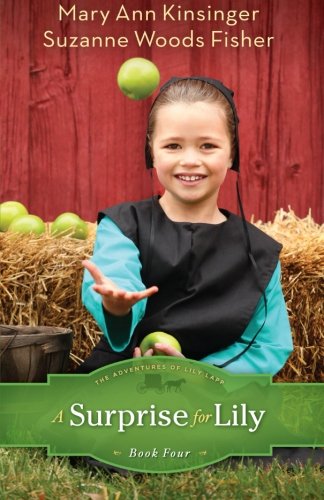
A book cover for A Surprise for Lily (The Adventures of Lily Lapp); Suzanne Woods Fisher; Christian Books & Bibles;